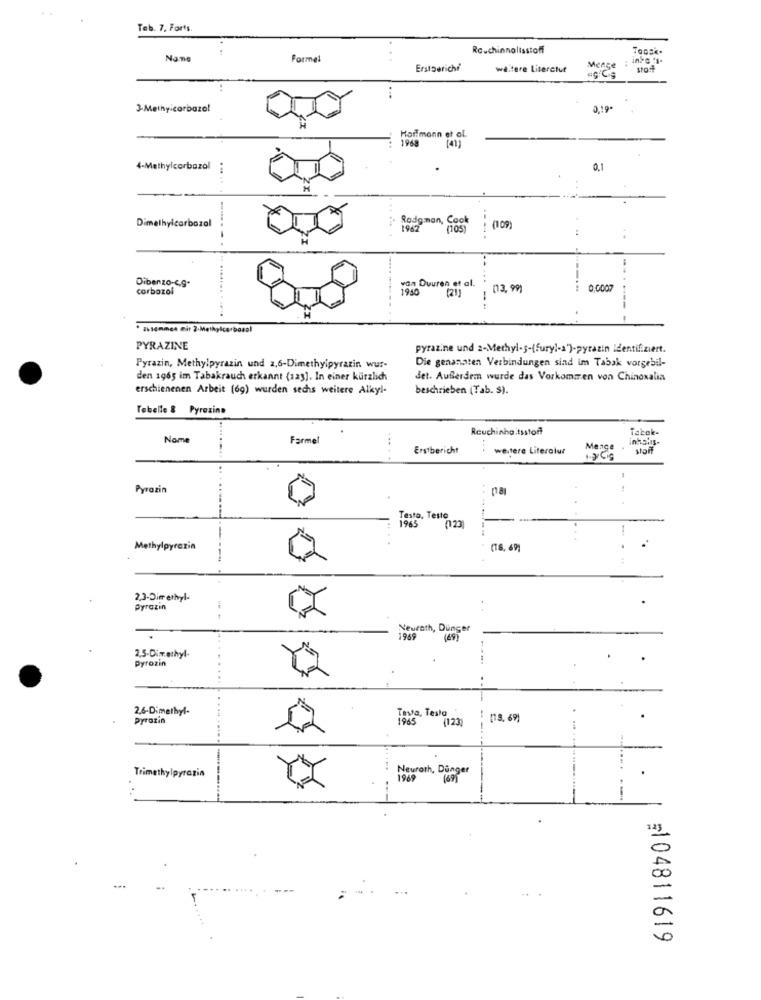
Teb. 7. Forts.
Rc.chinnolisstoff
Tansk.
Nane
Formel
ErstDerichi
weitere Literctut
sto
3-Methyicarbazal
3,19*
Hormonn et al.
1968
4-Methylcorbazol :
0,1
Dimethylcarbozal
Rodaman, Cook
(105)
(109)
..
Dibenzo-c.g.
van Duuren et al.
corbozol
1940
/ (3,99)
0,000
(21)
zusammen mit 2-Methylcorboas!
PYRAZINE
pyrazine und 2-Methyl-s-(fury !- a')-pyrazin identifiziert.
Pyrazin, Methylpyrazin und 2,6-Dimethylpyrazin wur-
Die genannten Verbindungen sind im Tabak vorgebil-
den 1965 im Tabakrauch erkannt (123]. In einer kürzlich
det. Ausserdem wurde das Vorkommen von Chinoxalia
erschienenen Arbeit (69) wurden sechs weitere Alkyl-
beschrieben (Tab. S).
Tabelle & Pyrazina
Rauchinho.tsstoff
Nome
Farmel
Erstbericht
weitere Literatur
Menge
Pyrazin
.. .
Testo, Testo
1965
(123
Methylpyrazin
(18,69)
2,3-Dimethyl-
Pyrazin
Neurath, Dünger
1969
(69)
2,5-Dimethyl
Pyrozin
2,6-Dimethyl-
Testa, Testo
Pyrazin
1965
(123)
(18. 69)
Neuroth, Danger
Trimethylpyrazin
1969
(69)
--
=104811619